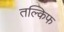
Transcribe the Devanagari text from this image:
तल्किफ